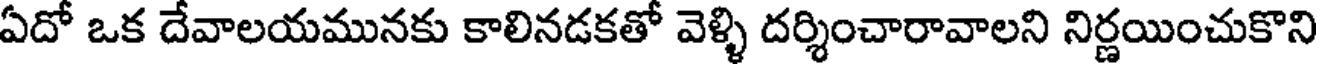
ఏదో ఒక దేవాలయమునకు కాలినడకతో వెళ్ళి దర్శించారావాలని నిర్ణయించుకొని